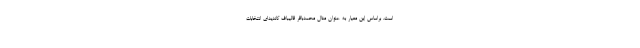
است. براساس این معیار به عنوان مثال محمدباقر قالیباف کاندیدای انتخابات